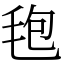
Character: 𣭚